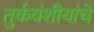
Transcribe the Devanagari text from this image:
तुर्कवंशीयांचे